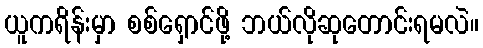
ယူကရိန်းမှာ စစ်ရှောင်ဖို့ ဘယ်လိုဆုတောင်းရမလဲ။